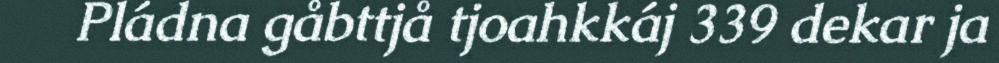
Pládna gåbttjå tjoahkkáj 339 dekar ja